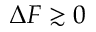
\Delta F \gtrsim 0